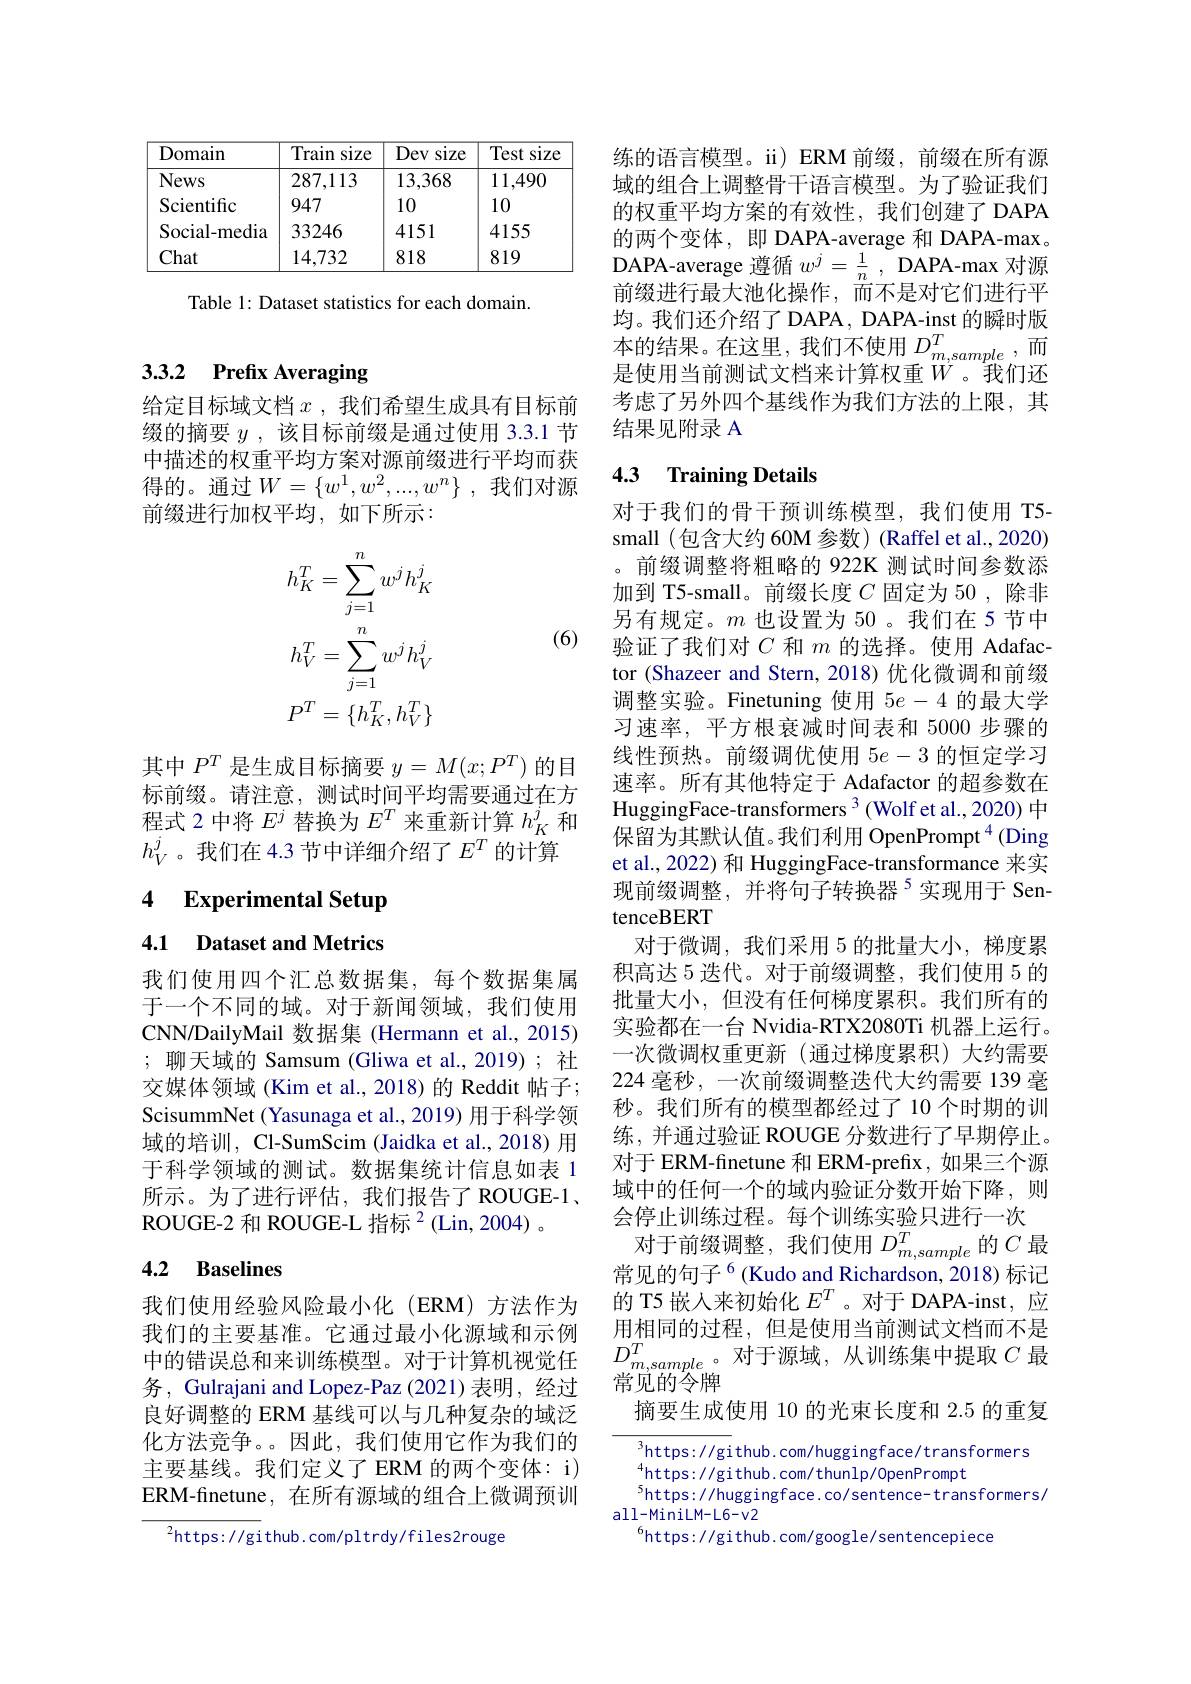
<table>
	<tbody>
		<tr>
			<th>Domain</th>
			<th>Train size</th>
			<th>Dev size</th>
			<th>Test size</th>
		</tr>
		<tr>
			<td>News</td>
			<td>287,113</td>
			<td>13,368</td>
			<td>11,490</td>
		</tr>
		<tr>
			<td>Scientific</td>
			<td>947</td>
			<td>10</td>
			<td>10</td>
		</tr>
		<tr>
			<td>Social-media</td>
			<td>33246</td>
			<td>4151</td>
			<td>4155</td>
		</tr>
		<tr>
			<td>Chat</td>
			<td>14,732</td>
			<td>818</td>
			<td>819</td>
		</tr>
	</tbody>
</table>

Table 1: Dataset statistics for each domain.

# 3.3.2 Prefix Averaging

给定目标域文档$x$ ,我们希望生成具有目标前缀的摘要$y$ ,该目标前缀是通过使用 3.3.1 节中描述的权重平均方案对源前缀进行平均而获得的。通过$W= \{ w^1, w^2, . . . , w^n\}$ ,我们对源前缀进行加权平均，如下所示：
$$\begin{aligned}h_K^T&=\sum_{j=1}^nw^jh_K^j\\h_V^T&=\sum_{j=1}^nw^jh_V^j\\P^T&=\{h_K^T,h_V^T\}\end{aligned}$$
(6)

其中$P^T$是生成目标摘要$y=M(x;P^T)$的目标前缀。请注意，测试时间平均需要通过在方程式 2 中将$E^j$替换为$E^T$来重新计算$h_K^j$和$h_V^j$。我们在 4.3 节中详细介绍了$E^T$的计算

## 4 $\textbf{Experimental Setup}$

4.1 Dataset and Metrics

我们使用四个汇总数据集，每个数据集属于一个不同的域。对于新闻领域，我们使用CNN/DailyMail 数据集 (Hermann et al., 2015) ; 聊天域的 Samsum (Gliwa et al., 2019); 社交媒体领域(Kim et al.,2018)的 Reddit 帖子； ScisummNet (Yasunaga et al., 2019) 用于科学领域的培训，Cl-SumScim (Jaidka et al., 2018) 用于科学领域的测试。数据集统计信息如表 1所示。为了进行评估，我们报告了ROUGE-1、 ROUGE-2 和 ROUGE-L 指标$^{2}$(Lin, 2004) 。

## 4.2 Baselines

我们使用经验风险最小化(ERM)方法作为我们的主要基准。它通过最小化源域和示例务，Gulrajani and Lopez-Paz (2021) 表明，经过良好调整的 ERM 基线可以与几种复杂的域泛化方法竞争。因此，我们使用它作为我们的主要基线。我们定义了ERM 的两个变体：i) ERM-finetune, 在所有源域的组合上微调预训

$^{2}$https://github.com/pltrdy/files2rouge

练的语言模型。i) ERM 前缀，前缀在所有源域的组合上调整骨干语言模型。为了验证我们的权重平均方案的有效性，我们创建了 DAPA 的两个变体，即 DAPA-average 和 DAPA-max。DAPA-average 遵循$w^j=\frac1n$, DAPA-max 对源前缀进行最大池化操作，而不是对它们进行平均。我们还介绍了 DAPA , DAPA-inst 的瞬时版是使用当前测试文档来计算权重$W$。我们还考虑了另外四个基线作为我们方法的上限，其结果见附录 A

## 4.3 Training Details

对于我们的骨干预训练模型，我们使用 T5- small (包含大约 60M 参数) (Raffel et al., 2020) 。前缀调整将粗略的 922K 测试时间参数添加到 T5-small。前缀长度$C$固定为 50 ,除非另有规定。$m$也设置为 50 。我们在 5 节中验证了我们对$C$和$m$的选择。使用 Adafactor (Shazeer and Stern, 2018)优化微调和前缀调整实验。Finetuning 使用$5e-4$的最大学习速率，平方根衰减时间表和 5000 步骤的线性预热。前缀调优使用$5e-3$的恒定学习速率。所有其他特定于 Adafactor 的超参数在HuggingFace-transformers $^{3}$ (Wolf et al., 2020) 中保留为其默认值。我们利用 OpenPrompt$^{4}$(Ding et al., 2022) 和 HuggingFace-transformance 来实现前缀调整，并将句子转换器$^{5}$实现用于 SentenceBERT
对于微调，我们采用 5 的批量大小，梯度累积高达 5 迭代。对于前缀调整，我们使用 5 的批量大小，但没有任何梯度累积。我们所有的实验都在一台 Nvidia-RTX2080Ti 机器上运行。一次微调权重更新(通过梯度累积)大约需要224 毫秒，一次前缀调整迭代大约需要 139 毫秒。我们所有的模型都经过了 10 个时期的训练，并通过验证 ROUGE 分数进行了早期停止。对于 ERM-finetune 和 ERM-prefix, 如果三个源域中的任何一个的域内验证分数开始下降，则会停止训练过程。每个训练实验只进行一次
对于前缀调整，我们使用$D_m,sample$的$C$最常见的句子$^{6}$(Kudo and Richardson, 2018) 标记的 T5 嵌人来初始化$E^T$ 。对于 DAPA-inst, 应用相同的过程，但是使用当前测试文档而不是
我 们 的 主 安 基 唯 。 它 遇 过 取 小 化 源 域 和 不 例  中 的 错 误 总 和 来 训 练 模 型 。 对 于 计 算 机 视 觉 任  $D_{m, sample}^T$。 对 于 源 域 , 从 训 练 集 中 提 取  $C$最
常见的令牌
摘要生成使用 10 的光束长度和 2.5 的重复

${\overline{{\mathrm{https://gi}}}}$thub.com/huggingface/transformers
$^{4}$https://github.com/thunlp/0penPrompt
$^{5}$https://huggingface.co/sentence- transformers/
all-MiniLM-L6-v2
$^{6}$https://github.com/google/sentencepiece